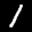
Label: 1